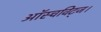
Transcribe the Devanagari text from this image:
ऑस्चविट्ज।